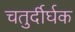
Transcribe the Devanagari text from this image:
चतुर्दीर्घक